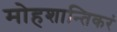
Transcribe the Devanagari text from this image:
मोहशान्तिकरं